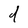
Character: d